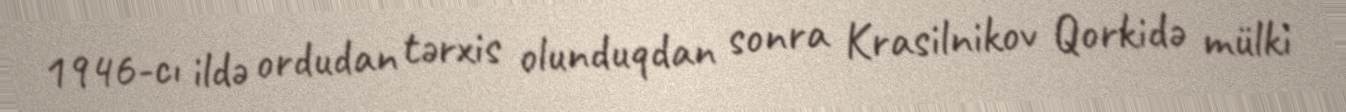
1946-cı ildə ordudan tərxis olunduqdan sonra Krasilnikov Qorkidə mülki